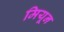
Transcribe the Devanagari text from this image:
मियून